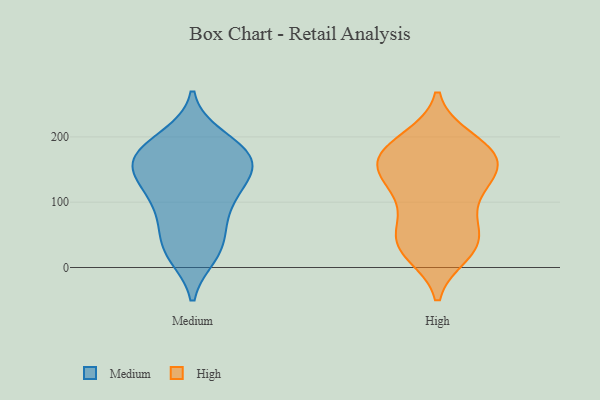
{"axis": {"x": "Inventory Turnover", "y": "Value"}, "legend": ["High", "Medium"], "data": [{"x": "", "y": 90, "type": "Medium"}, {"x": "", "y": 167, "type": "Medium"}, {"x": "", "y": 74, "type": "Medium"}, {"x": "", "y": 161, "type": "Medium"}, {"x": "", "y": 19, "type": "Medium"}, {"x": "", "y": 75, "type": "Medium"}, {"x": "", "y": 170, "type": "Medium"}, {"x": "", "y": 200, "type": "Medium"}, {"x": "", "y": 184, "type": "Medium"}, {"x": "", "y": 118, "type": "Medium"}, {"x": "", "y": 125, "type": "Medium"}, {"x": "", "y": 120, "type": "Medium"}, {"x": "", "y": 135, "type": "Medium"}, {"x": "", "y": 168, "type": "Medium"}, {"x": "", "y": 153, "type": "Medium"}, {"x": "", "y": 20, "type": "Medium"}, {"x": "", "y": 39, "type": "Medium"}, {"x": "", "y": 195, "type": "Medium"}, {"x": "", "y": 159, "type": "Medium"}, {"x": "", "y": 30, "type": "Medium"}, {"x": "", "y": 109, "type": "High"}, {"x": "", "y": 32, "type": "High"}, {"x": "", "y": 22, "type": "High"}, {"x": "", "y": 161, "type": "High"}, {"x": "", "y": 137, "type": "High"}, {"x": "", "y": 161, "type": "High"}, {"x": "", "y": 82, "type": "High"}, {"x": "", "y": 182, "type": "High"}, {"x": "", "y": 154, "type": "High"}, {"x": "", "y": 177, "type": "High"}, {"x": "", "y": 161, "type": "High"}, {"x": "", "y": 43, "type": "High"}, {"x": "", "y": 196, "type": "High"}, {"x": "", "y": 114, "type": "High"}, {"x": "", "y": 30, "type": "High"}, {"x": "", "y": 139, "type": "High"}, {"x": "", "y": 60, "type": "High"}, {"x": "", "y": 37, "type": "High"}, {"x": "", "y": 191, "type": "High"}]}